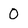
Character: 0